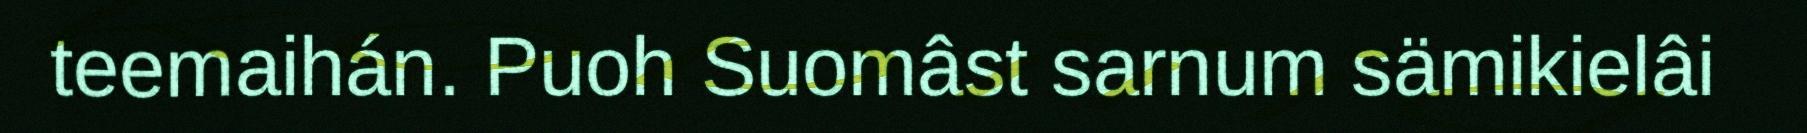
teemaihán. Puoh Suomâst sarnum sämikielâi